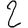
Digit: 2